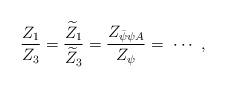
LaTeX: \begin{align*}{Z_1\over Z_3} = {\widetilde Z_1\over \widetilde Z_3}= {Z_{\bar\psi \psi A}\over Z_{\psi }} = \ \cdots \ ,\end{align*}